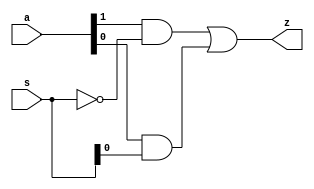
// 2x1 
module mux_2x1_behav(a,s,z);
    input [0:1]a, s;
    output z;
    reg sbar,l,m;
    reg z;
    always @(a,s)
    begin
    sbar=!s;
    l=a[0]&sbar;
    m=a[1]&s;
    z=l|m; 
    end
endmodule